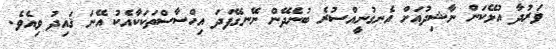
ވަރުދާ އުޅޭކަން ނާޝިދުއަށް އެނގުނީއްސުރެ ބުނެދޭން ނޭނގޭފަދަ އިހްސާސްތަކަކާއެކު އޭނަ ޤައިދު ވިއެވެ.